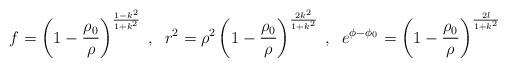
LaTeX: \begin{align*}f = \left( 1 - \frac{\rho_0}{\rho} \right)^{\frac{1 - k^2}{1 + k^2}}\; , \; \;r^2 =\rho^2 \left( 1 - \frac{\rho_0}{\rho} \right)^{\frac{2 k^2}{1 + k^2}}\; , \; \;e^{\phi - \phi_0} =\left( 1 - \frac{\rho_0}{\rho} \right)^{\frac{2 l}{1 + k^2}}\end{align*}